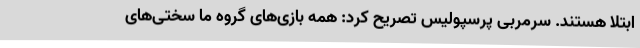
ابتلا هستند. سرمربی پرسپولیس تصریح کرد: همه بازی‌های گروه ما سختی‌های